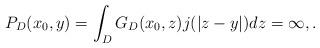
LaTeX: \begin{align*}P_D(x_0,y)=\int_DG_D(x_0,z)j(|z-y|)dz=\infty,.\end{align*}